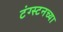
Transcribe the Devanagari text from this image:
टंग्स्टनच्या